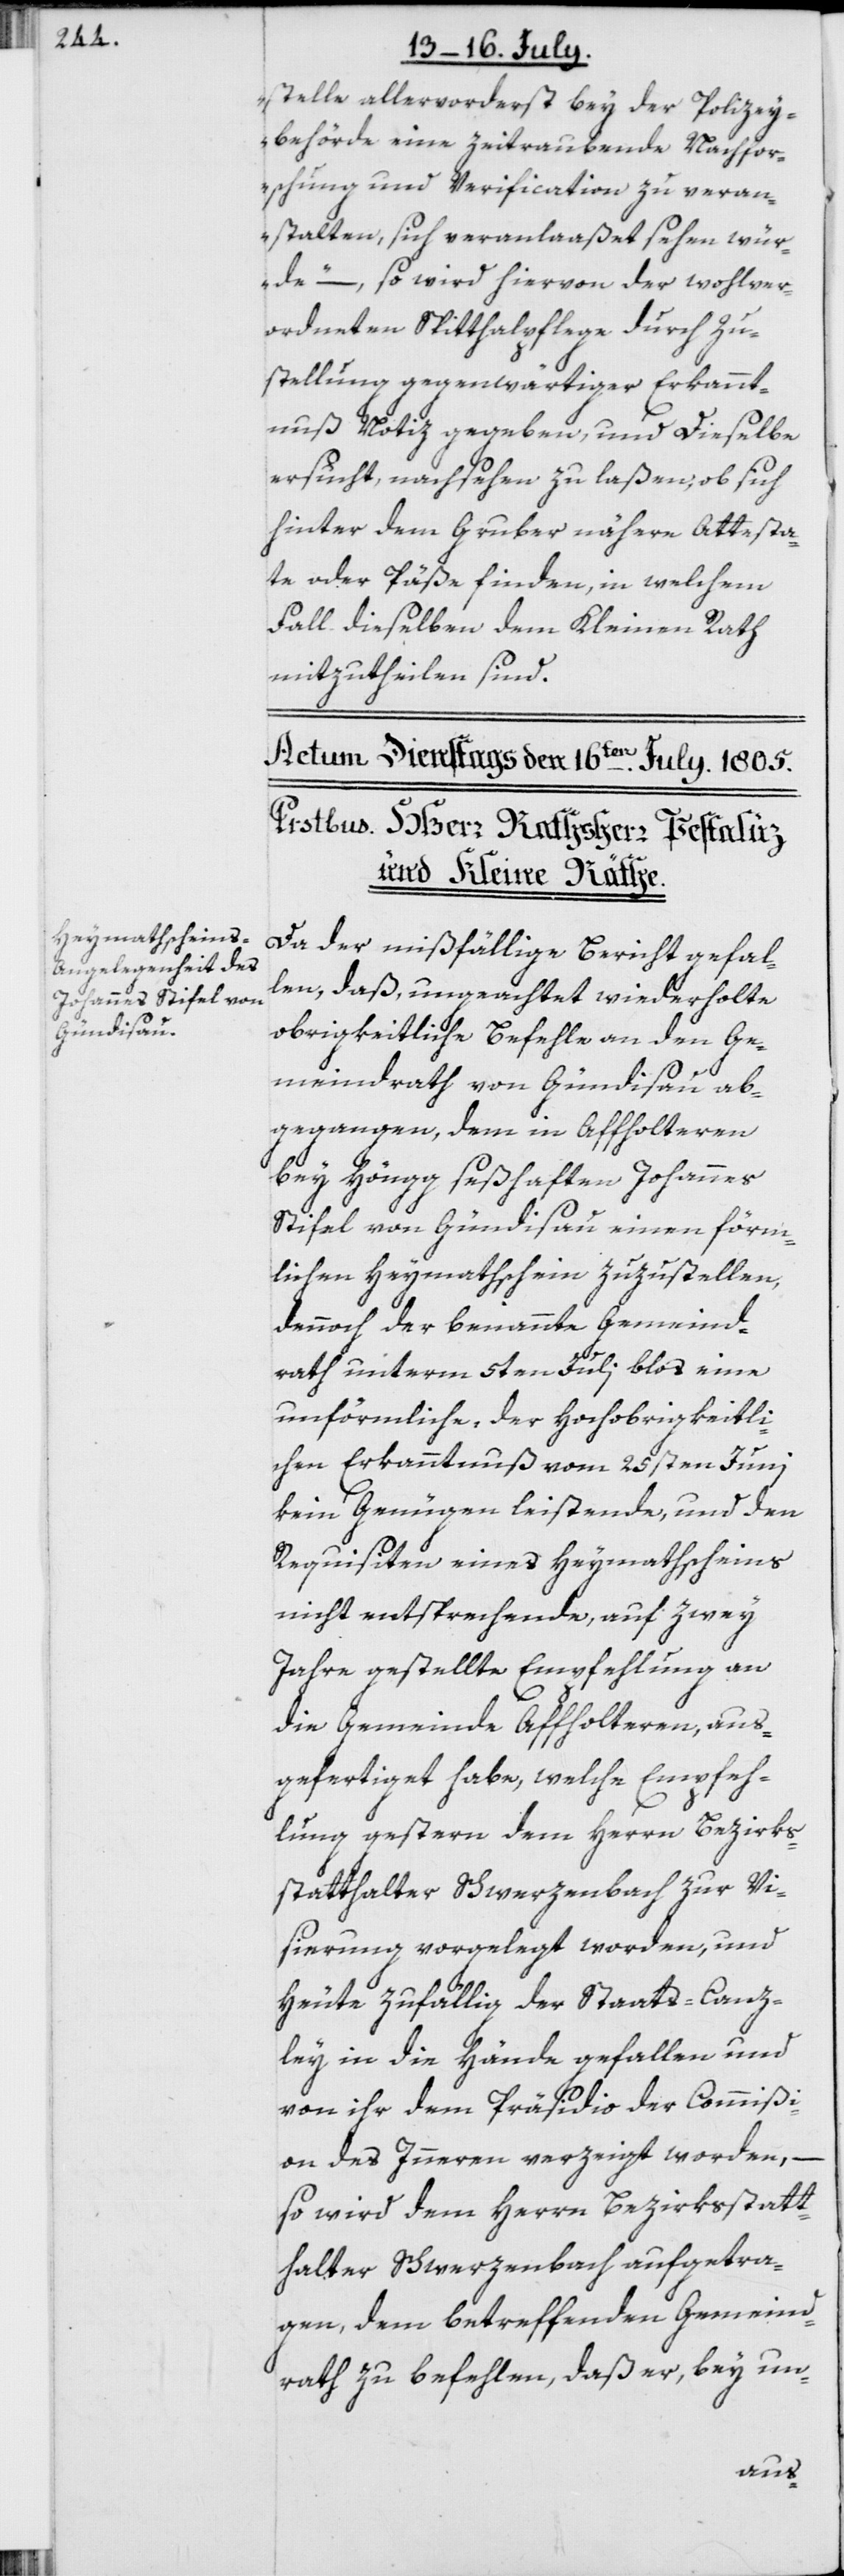
stelle allervorderst bey der Polizey¬
behörde eine zeitraubende Nachfor¬
schung und Verification zu veran¬
stalten, sich veranlaaßet sehen wür¬
de“ –, so wird hiervon der wohlver¬
ordneten Spitthalpflege durch Zu¬
stellung gegenwärtiger Erkannt¬
nuß Notiz gegeben, und Dieselbe
ersucht, nachsehen zu laßen, ob sich
hinter dem Gruber nähere Attesta¬
te oder Päße finden, in welchem
Fall dieselben dem Kleinen Rath
mitzutheilen sind.
Da der mißfällige Bericht gefal¬
len, daß, ungeachtet wiederholte
obrigkeitliche Befehle an den Ge¬
meindrath von Gündisau ab¬
gegangen, dem in Affholteren
bey Höngg seßhaften Johannes
Stifel von Gündisau einen förm¬
lichen Heymathschein zuzustellen,
dennoch der benannte Gemeind¬
rath unterm 5ten Juli blos eine
unförmliche, der Hochobrigkeitli¬
chen Erkanntnuß vom 25sten Juni
kein Genügen leistende, und den
Requisiten eines Heymathscheins
nicht entsprechende, auf zwey
Jahre gestellte Empfehlung an
die Gemeinde Affholteren, aus¬
gefertiget habe, welche Empfeh¬
lung gestern dem Herrn Bezirks¬
statthalter Schwerzenbach zur Vi¬
sierung vorgelegt worden, und
Heute zufällig der Staats-Canz¬
ley in die Hände gefallen und
von ihr dem Präsidio der Commißi¬
on des Inneren verzeigt worden, –
so wird dem Herrn Bezirksstatt¬
halter Schwerzenbach aufgetra¬
gen, dem betreffenden Gemeind¬
rath zu befehlen, daß er, bey un-